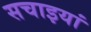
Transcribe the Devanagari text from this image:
सचाइयां